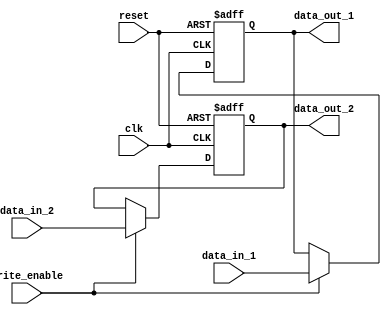
module dual_port_register (
    input wire clk,
    input wire reset,
    input wire [31:0] data_in_1,
    input wire [31:0] data_in_2,
    input wire write_enable,
    output reg [31:0] data_out_1,
    output reg [31:0] data_out_2
);

reg [31:0] reg_1;
reg [31:0] reg_2;

always @ (posedge clk or posedge reset) begin
    if (reset) begin
        reg_1 <= 32'h0;
        reg_2 <= 32'h0;
    end else begin
        if (write_enable) begin
            reg_1 <= data_in_1;
            reg_2 <= data_in_2;
        end
    end
end

assign data_out_1 = reg_1;
assign data_out_2 = reg_2;

endmodule